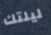
ليلتك